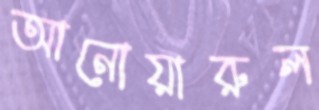
আনোয়ারুল